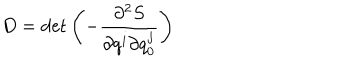
LaTeX: D = \det \left( - \frac { \partial ^ { 2 } S } { \partial q ^ { i } \partial q _ { 0 } ^ { j } } \right)